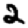
Digit: 2